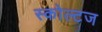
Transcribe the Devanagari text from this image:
स्कोल्टज